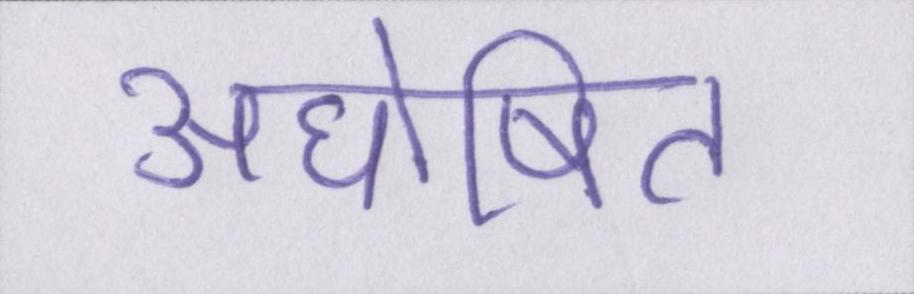
अघोषित